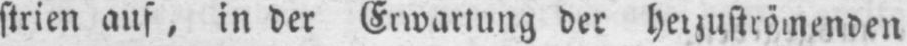
strien auf, in der Erwartung der herzuströmenden